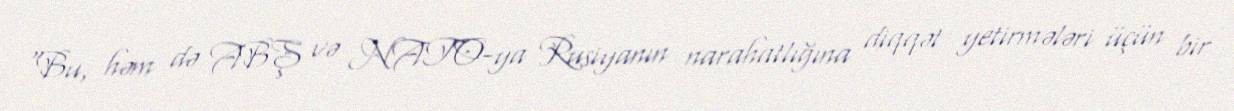
“Bu, həm də ABŞ və NATO-ya Rusiyanın narahatlığına diqqət yetirmələri üçün bir